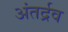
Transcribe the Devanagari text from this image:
अंतर्द्रव